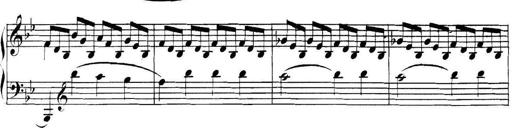
Title: Collected Piano Sonatas
Composer: Muzio Clementi